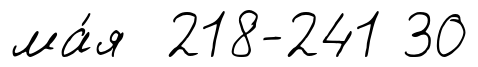
ма́я 218-241 30